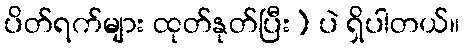
ပိတ်ရက်များ ထုတ်နုတ်ပြီး) ပဲ ရှိပါတယ်။